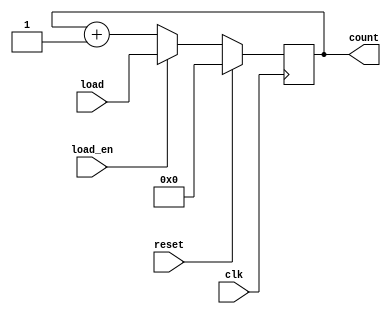
`timescale 1ns / 1ps
module up (input clk, reset,load_en,input [3:0]load, output reg [3:0]count);
  
  always@(posedge clk) begin
    if(reset) count = 0;
    else if(load_en)
    count <= load;
    else
    count <= count +1;
    end
    endmodule